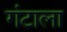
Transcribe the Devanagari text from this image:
गंटाला